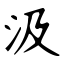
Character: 汲